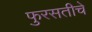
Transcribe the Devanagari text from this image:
फुरसतीचे